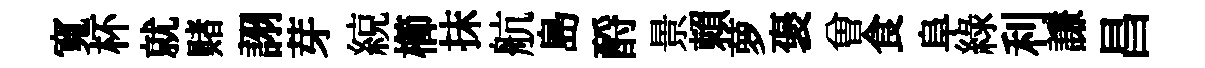
寬杯就赌詡芽綂櫛抹航島酹景賴萝褒曽食阜綠利謙昌